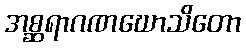
အစ္ဆရာဂဏဃောသိတော